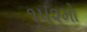
૧૫૨મો